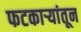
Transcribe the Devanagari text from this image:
फटकाऱ्यांतून